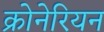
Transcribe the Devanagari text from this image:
क्रोनेरियन